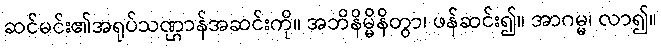
ဆင်မင်း၏အရုပ်သဏ္ဌာန်အဆင်းကို။ အဘိနိမ္မိနိတွာ၊ ဖန်ဆင်း၍။ အာဂမ္မ၊ လာ၍။